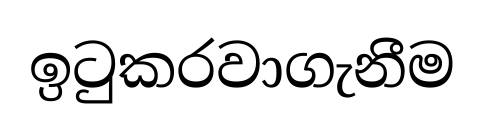
ඉටුකරවාගැනීම